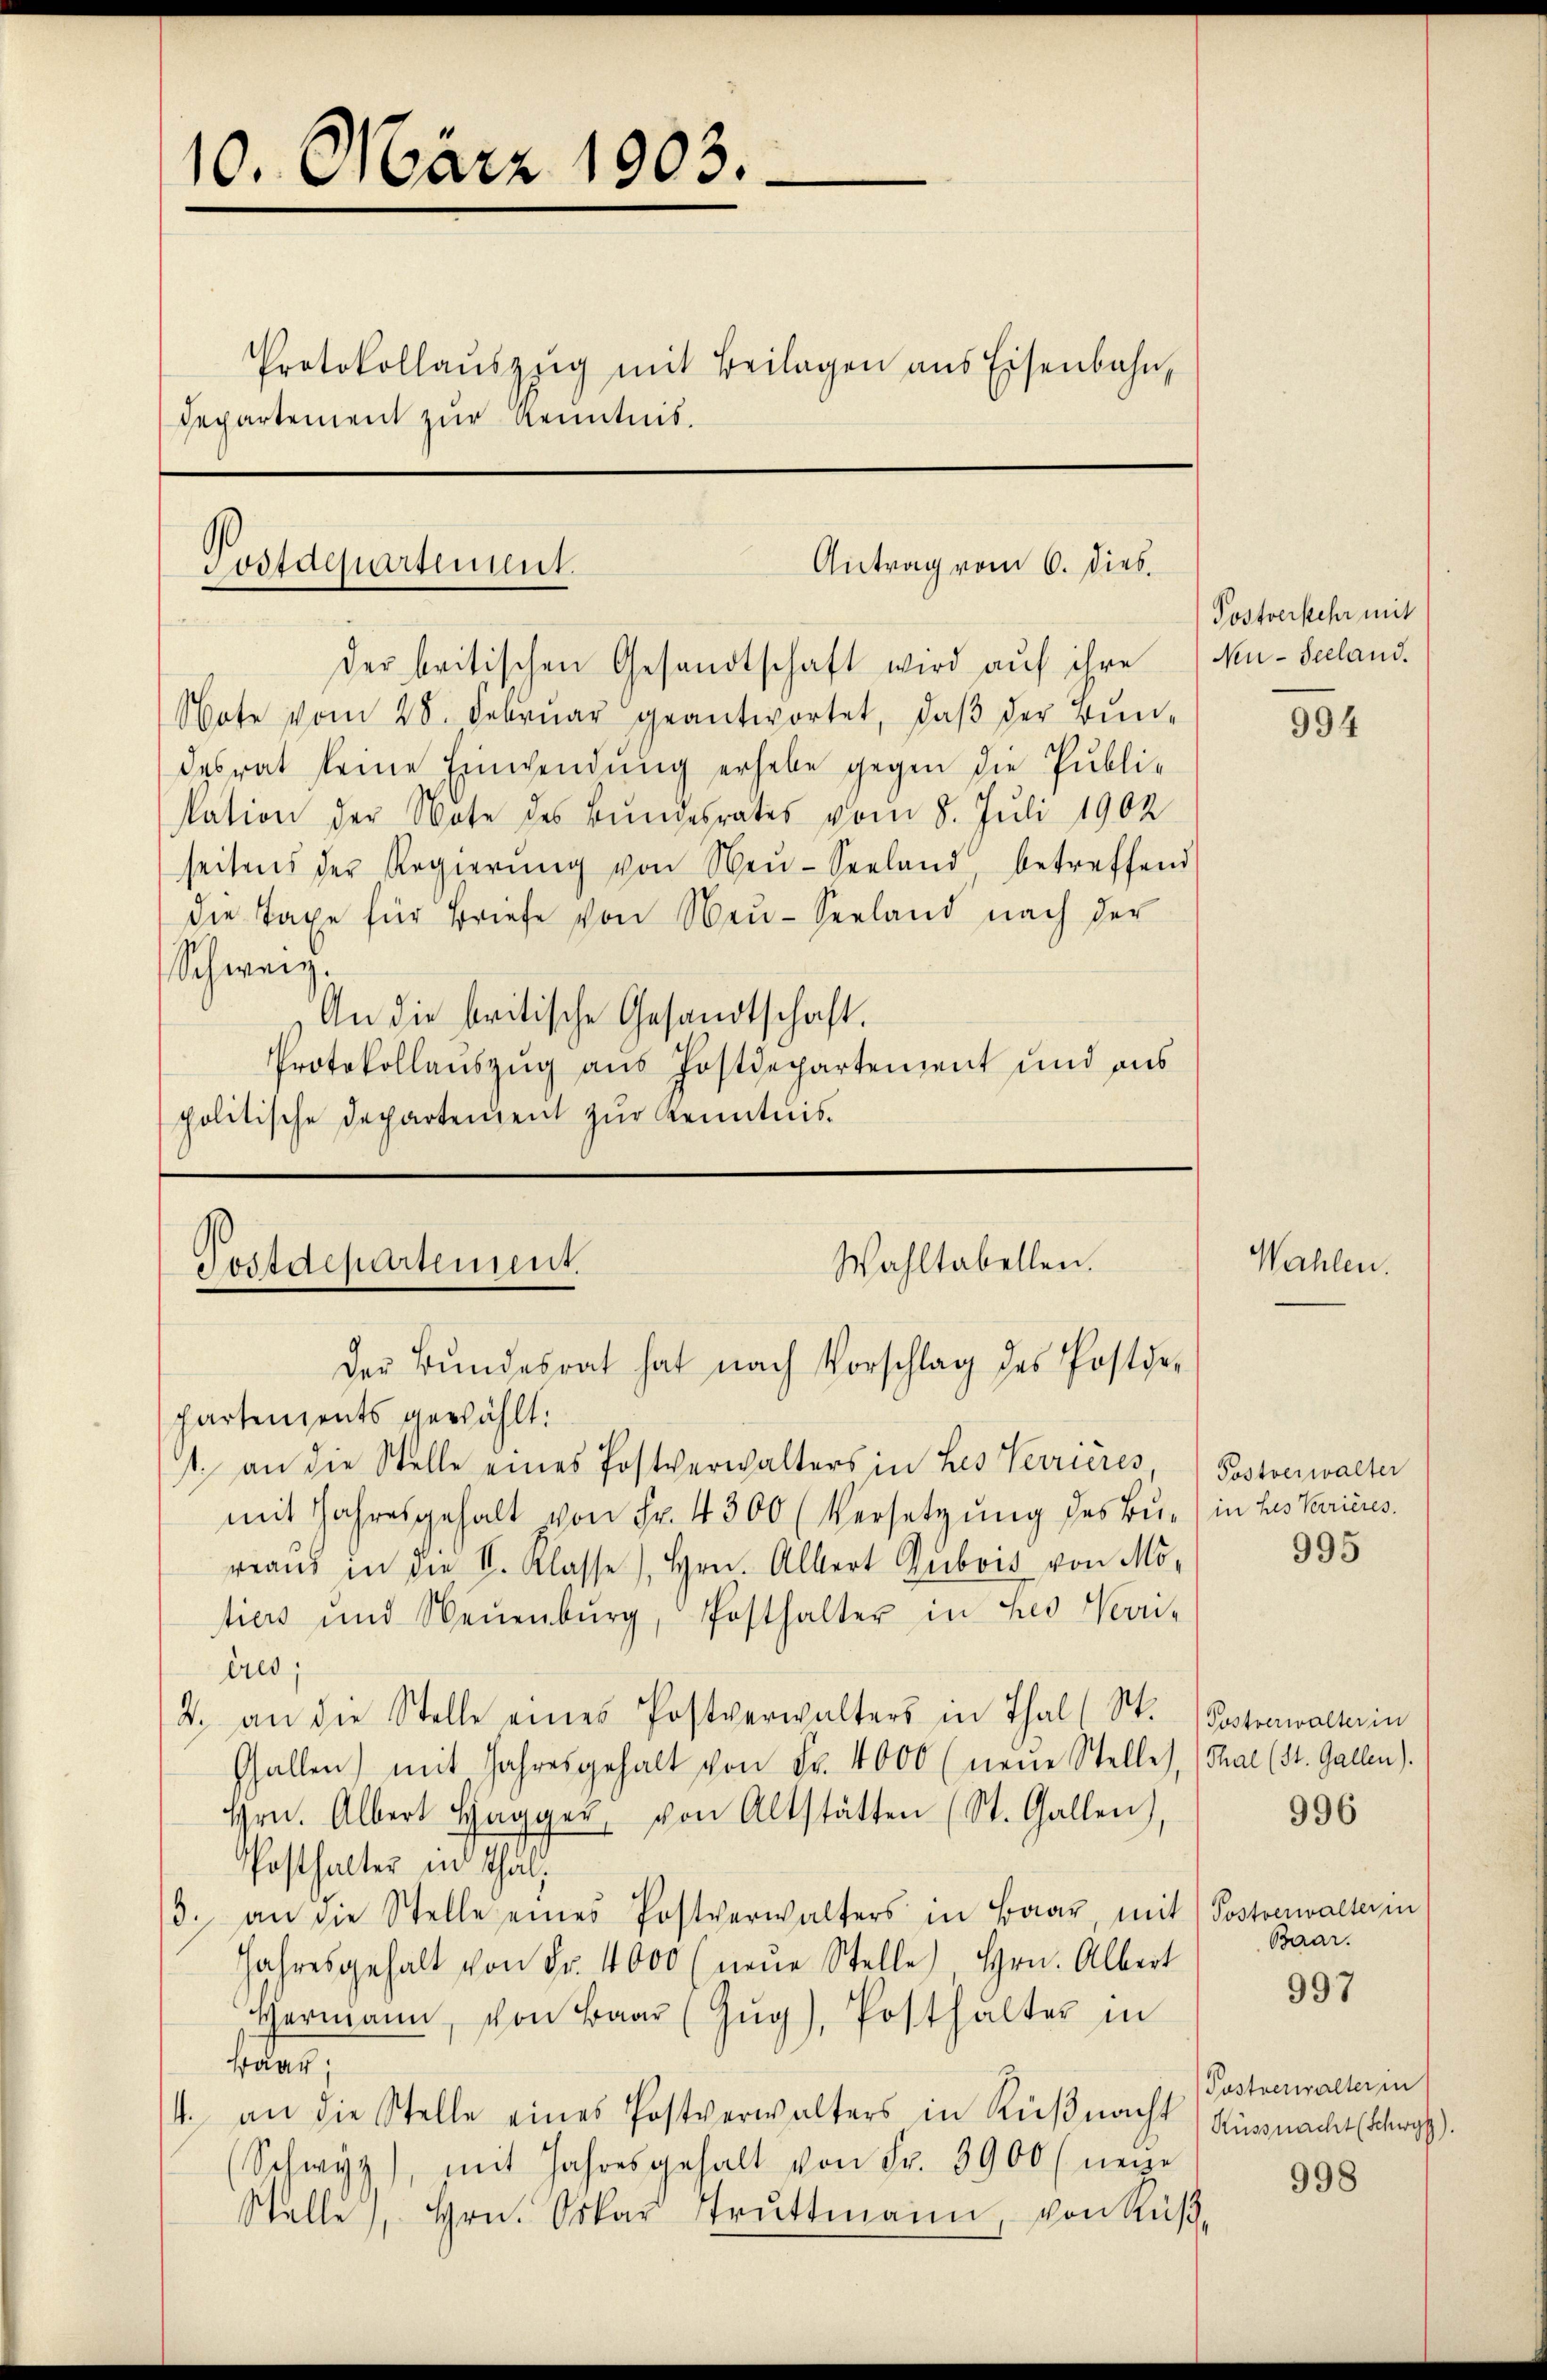
10. März 1903.

Protokollaŭszŭg mit Beilagen ans Eisenbahn,
Departement zur Kenntnis.

Antrag vom 6. Dieb.
Postdepartement.

der britischen Gesandtschaft wird aŭf ihre Neu-Seeland.
Note vom 28. Febrŭar geantwortet, daβ der Bŭn-
desrat keine Einwendung erhebe gegen die Publisation der Note des Bundesrates vom 8. Juli 1902
seitens der Regierŭng von Neŭ- Seeland, betreffend
die Taxe für Briefe von Neu-Seeland nach der
Schweiz.
An die britische Gesandtschaft.
Protokollauszug aus Postdepartement und aus
politische Departement zur Kenntnis¬

Wahltabellen.
Postdepartement.
der Bŭndesrat hat nach Vorschlag des Postde-
Partements gewählt:

1. an die Stelle eines Postverwalters in Les Verrières, Postverwalter
mit Jahresgehalt von Fr. 4300 (Versetzŭng des Bŭ- (in Les Pariires.
reaŭs in die I. Klasse), Hrn. Albert Dubois von Mo-
tiers und Neuenburg, Posthalter in Les Nori-
ères,
2. an die Stelle eines Postverwalters in Thal (St. Postverwalterin
Gallen) mit Jahresgehalt von Fr. 4000 (neŭe Stelle, (Thal (St. Gallen).
hrn. Albert Hagger von Altstätten (St. Gallen),
Posthalter in Thal,
/3. an die Stelle eines Postverwalters in Baar, mit Postverwalterin
Jahresgehalt von Fr. 4000 (neŭe Stelle Hrn. Albert
Hermann, von Baar (Zŭg), Posthalter in
saar,
4. an die Stelle eines Postverwalters in Küβnacht (Küssnacht (Schurg
(Schwyz), mit Jahresgehalt von Fr. 3900 neige
Stelle, Hrn. Oskar Truttmann, von Küß¬

Postverkehr mit

994

Wahlen.

995

996

Baar.

997

Postverwalter in

998